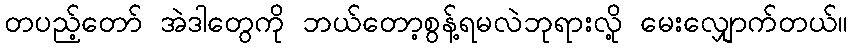
တပည့်တော် အဲဒါတွေကို ဘယ်တော့စွန့်ရမလဲဘုရားလို့ မေးလျှောက်တယ်။